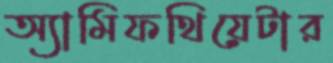
অ্যামিফথিয়েটার